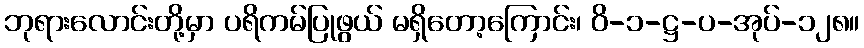
ဘုရားလောင်းတို့မှာ ပရိကမ်ပြုဖွယ် မရှိတော့ကြောင်း၊ ဝိ-၁-ဋ္ဌ-ပ-အုပ်-၁၂၈။